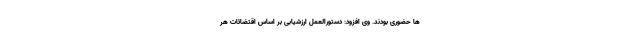
ها حضوری بودند. وی افزود: دستورالعمل ارزشیابی بر اساس اقتضائات هر